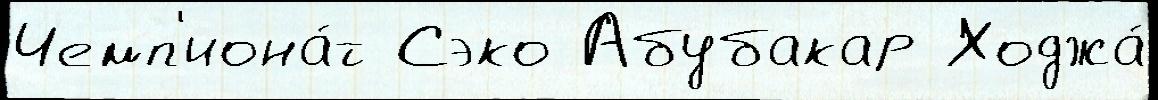
Чемп'иона́т Сэко Абубакар Ходжа́